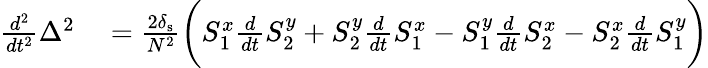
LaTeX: \begin{array}{rl}{\frac{d^{2}}{dt^{2}}\Delta^{2}}&{{}=\frac{2\delta_{\mathrm{s}}}{N^{2}}\bigg(S_{1}^{x}\frac{d}{dt}S_{2}^{y}+S_{2}^{y}\frac{d}{dt}S_{1}^{x}-S_{1}^{y}\frac{d}{dt}S_{2}^{x}-S_{2}^{x}\frac{d}{dt}S_{1}^{y}\bigg)}\end{array}